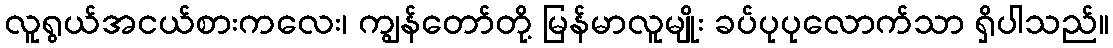
လူရွယ်အငယ်စားကလေး၊ ကျွန်တော်တို့ မြန်မာလူမျိုး ခပ်ပုပုလောက်သာ ရှိပါသည်။